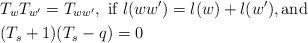
LaTeX: \begin{align*}&T_wT_{w'}=T_{ww'}, \hbox{ if } \l(ww')=\l(w)+\l(w'), \hbox{and}\cr&(T_s+1)(T_s-q)=0\end{align*}